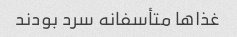
غذاها متأسفانه سرد بودند